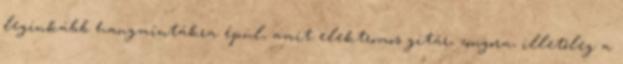
leginkább hangmintákra épül, amit elektromos gitár, zongora, illetőleg a